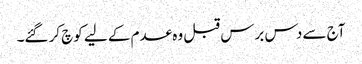
آج سے دس برس قبل وہ عدم کے لیے کوچ کر گئے۔